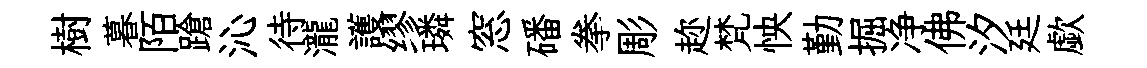
樹暮陌蹌沁待瀧護缪璘窓磻拳彫趂梵怏勤掘净佛汐廷歔